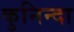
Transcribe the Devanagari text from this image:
कुनिन्दा